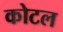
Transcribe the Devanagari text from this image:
कोटल